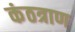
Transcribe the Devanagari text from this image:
कंठत्राण